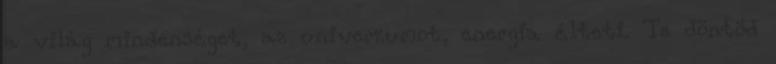
a világ mindenséget, az univerzumot, energia élteti. Te döntöd